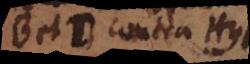
B et D, contra Hyp.